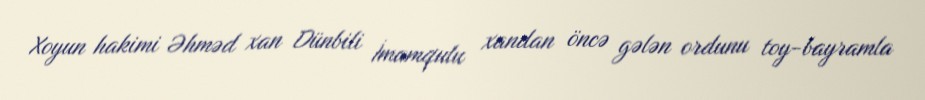
Xoyun hakimi Əhməd xan Dünbili İmamqulu xandan öncə gələn ordunu toy-bayramla